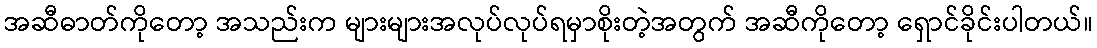
အဆီဓာတ်ကိုတော့ အသည်းက များများအလုပ်လုပ်ရမှာစိုးတဲ့အတွက် အဆီကိုတော့ ရှောင်ခိုင်းပါတယ်။